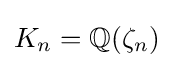
K_{n}=\mathbb {Q} (\zeta _{n})